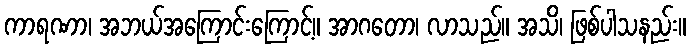
ကာရဏာ၊ အဘယ်အကြောင်းကြောင့်။ အာဂတော၊ လာသည်။ အသိ၊ ဖြစ်ပါသနည်း။